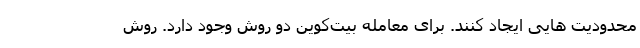
محدودیت هایی ایجاد کنند. برای معامله بیت‌کوین دو روش وجود دارد. روش